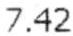
7.42